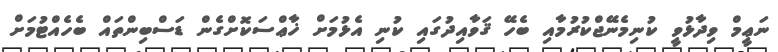
ނަޢީމް ވިދާޅުވީ ކުނިމެނޭޖްކުރުމާއި ބެހޭ ޤަވާއިދުގައި ކުނި އެޅުމަށް ޚާޢްސަކޮށްގެން ޑަސްބިންތައް ބެހެއްޓުމަށް